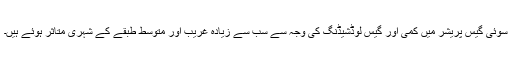
سوئی گیس پریشر میں کمی اور گیس لوڈشیڈنگ کی وجہ سے سب سے زیادہ غریب اور متوسط طبقے کے شہری متاثر ہوئے ہیں۔